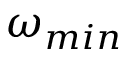
\omega _ { m i n }